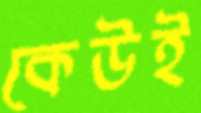
কেউই